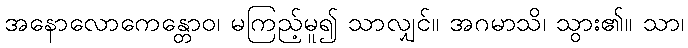
အနောလောကေန္တောဝ၊ မကြည့်မူ၍ သာလျှင်။ အဂမာသိ၊ သွား၏။ သာ၊